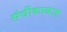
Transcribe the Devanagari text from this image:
संधीकाळात